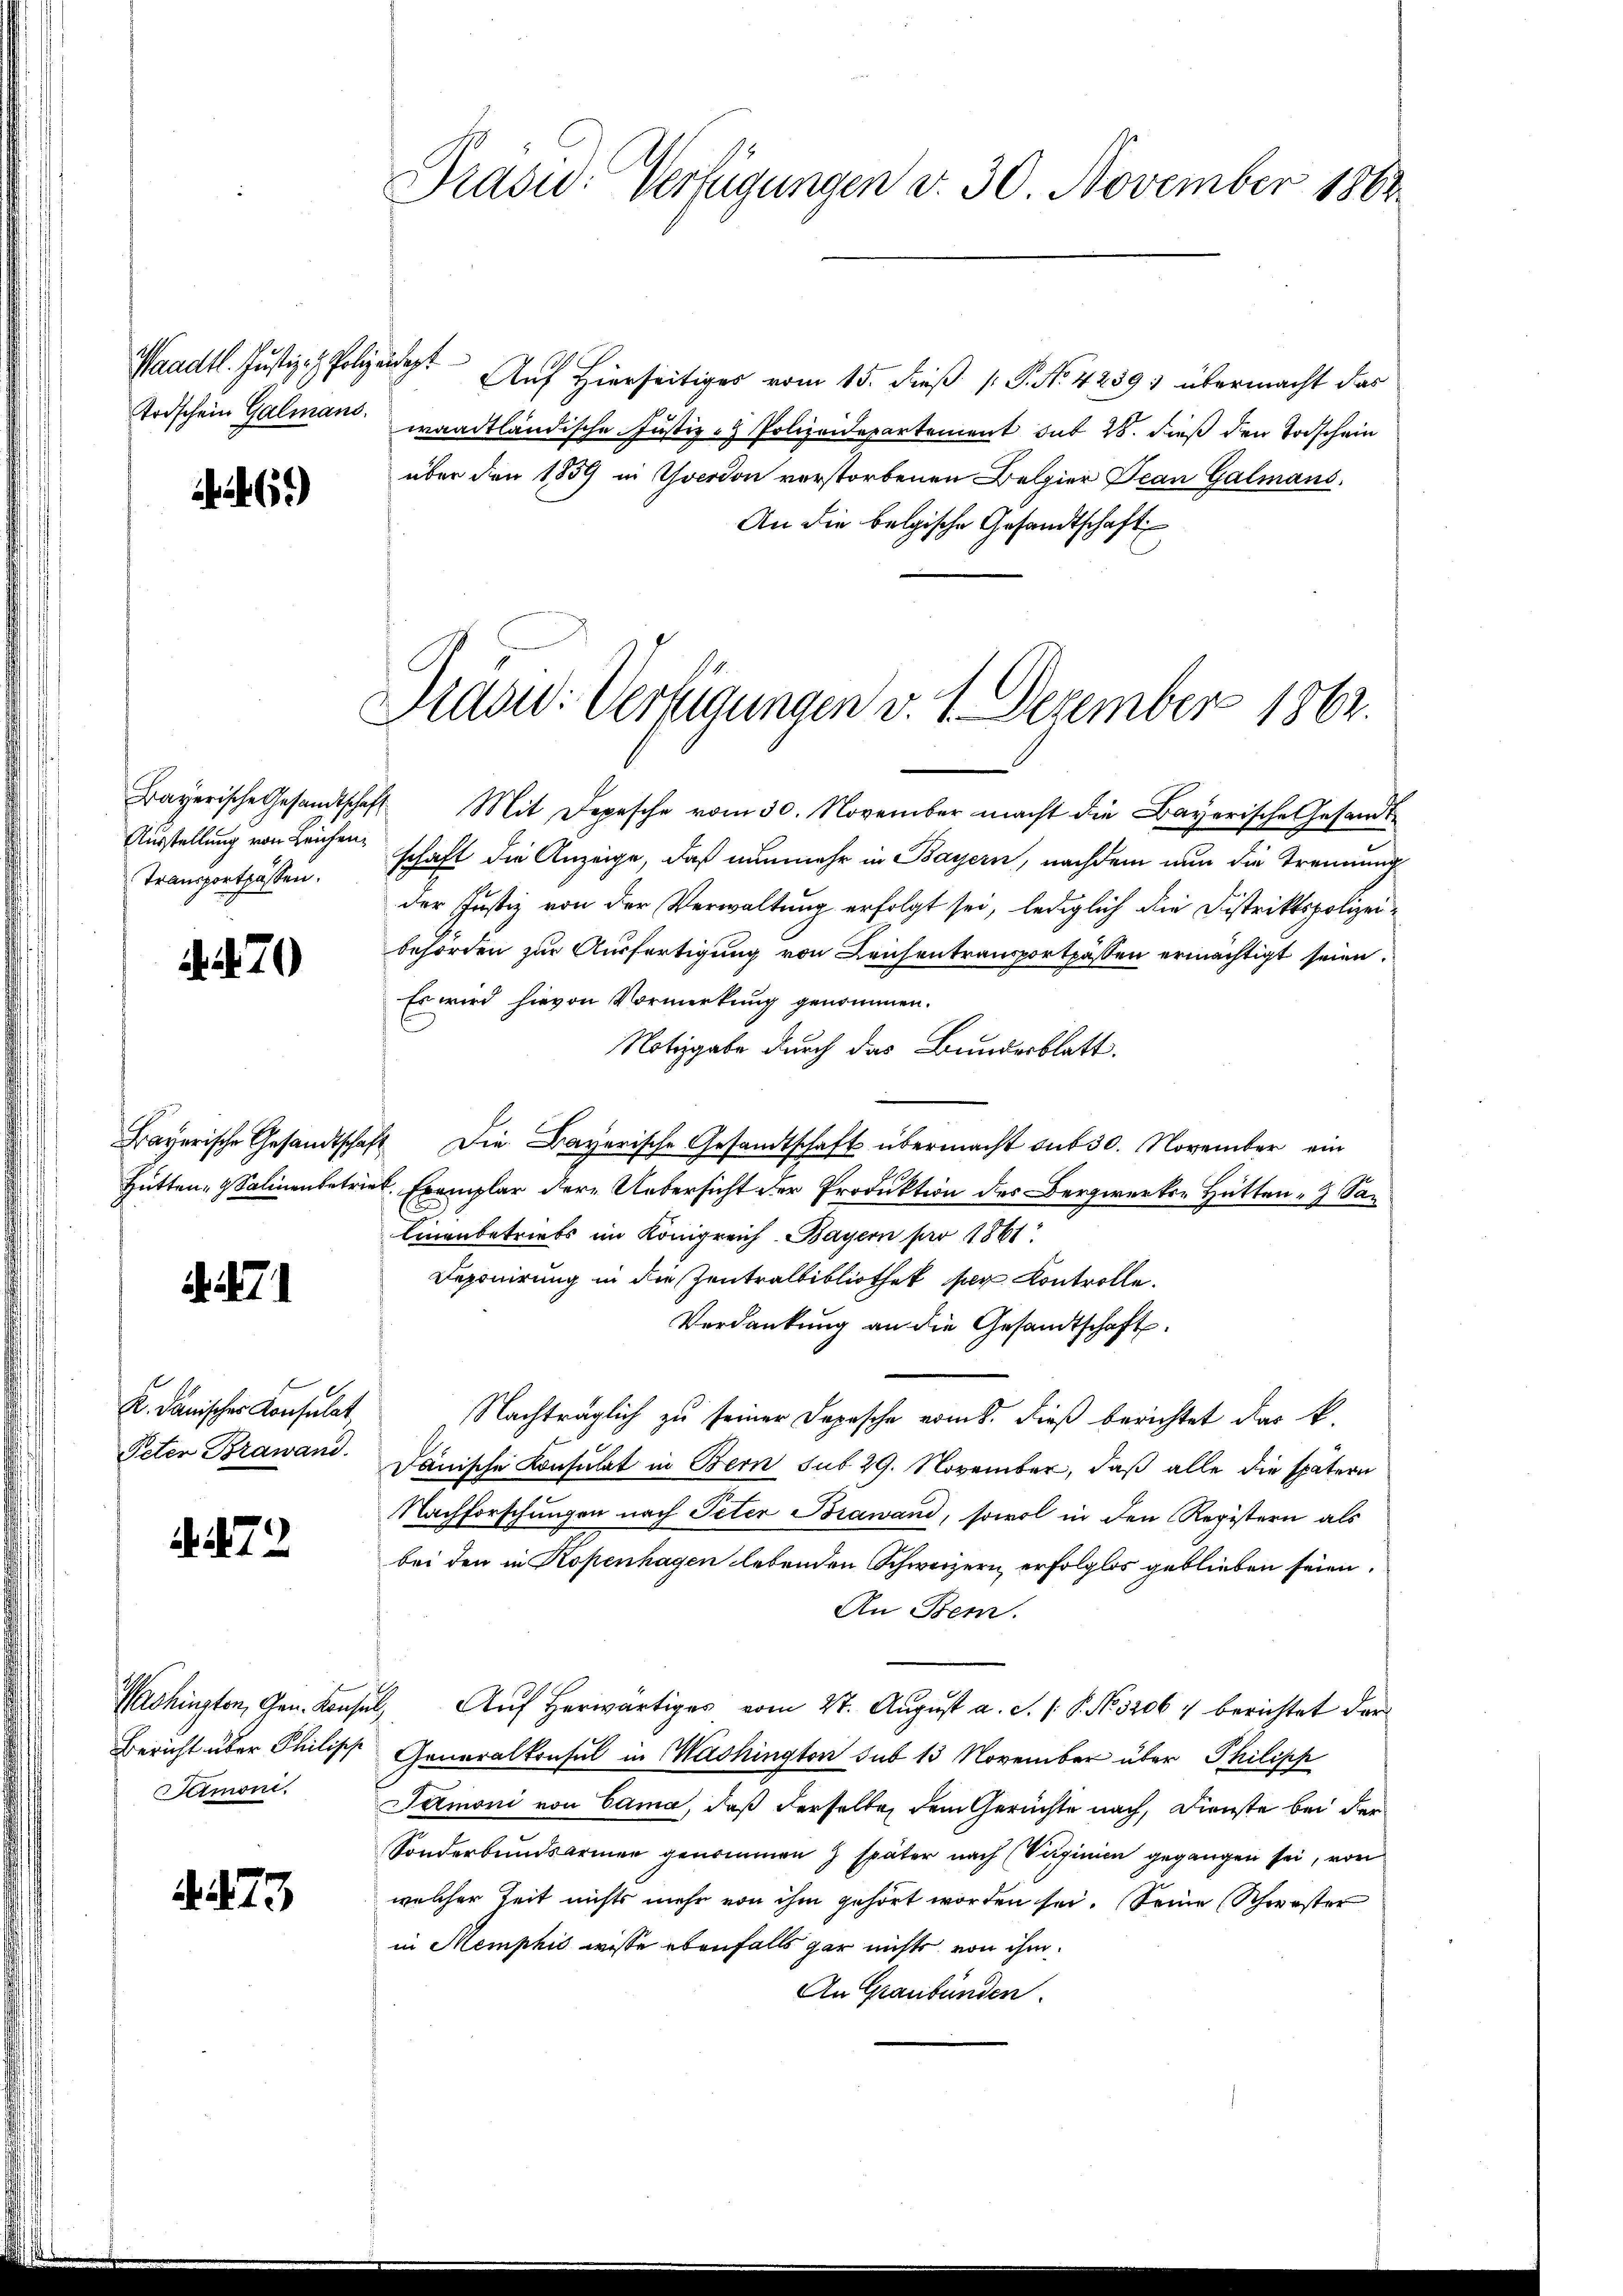
Waadt. Justiz- & Polizeidigt
Todschein Galmans.

)

Ausstellung von Leichen¬
Transportpassen.

. 270

Bayerische Gesandtschaf
Hütten- & Salinenbetrie

K. danischer Konsulat
Peter Brawand.

72

Washingten, Gen. Konse
Bericht über Philische
Semoni.

.73

Präsid.: Verfügungen d. 30. November 1862

Auf Hierseitiges vom 15. dieß P. Nr. 4259; übermacht das
waadtländische Justiz - Polizeidepartement sub 28. dieß den Todschein
über den 1859 in Yverdon verstorbenen Belgier Jean Galmans,
An die belgische Gesandtschaft

Drdow: Verfügungen v. 1. Dezember 1862.

Bayerische Gesandtschaft. Mit Depesche vom 30. November macht die Bayerische Gesandt-
schaft die Anzeige, daß nunmehr in Bayern, nachdem nun die Trennung
der Justiz von der Verwaltung erfolgt sei, lediglich die Distriktspolizeibehörden zur Ausfertigung von Leichentransportpässen ermächtigt seien.
Es wird hievon Vormerkung genommen.
Notizgabe durch das Bundesblatt.
4 Die Bayerische Gesandtschaft übermacht sub 30. November ein
u. Exemplar der Uebersicht der Produktion des Bergwerks- Hätten- Sa¬
Einenbetriebs im Königreich Bayern pro 1861
Deponirung in die Zentralbibliothek der Kontrolle.
Verdankung an die Gesandtschaft.
Nachträglich zu seiner Depesche vom 8. dieß berichtet das k.
Dänische Konsulat in Bern sub 29. November, daß alle die spätern
Nachforschungen nach Peter Brawand, sowol in den Registern als
bei den in Kopenhagen lebenden Schweizern erfolglos geblieben seien.
An Bem.
2. Auf herwärtiges vom 27. August a. S. 1 S. No. 32067 berichtet der
Generalkonsul in Mashington sub 13 November über Philisch
Simoni von Cama, daß derselben dem Gerichte nach, Dienste bei der
Sonderbundsarmen genommen & später nach (Verginien gegangen sei, von
welcher Zeit nichts mehr von ihm gehört worden sei. Seine Schwester
in Memphić wisse ebenfalls gar nichts von ihm
An Graubünden.